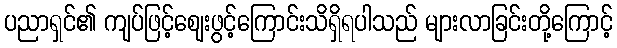
ပညာရှင်၏ ကျပ်ဖြင့်ဈေးဖွင့်ကြောင်းသိရှိရပါသည် များလာခြင်းတို့ကြောင့်